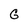
Character: G